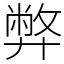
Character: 弊